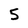
Character: 5